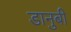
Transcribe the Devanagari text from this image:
डानुबी